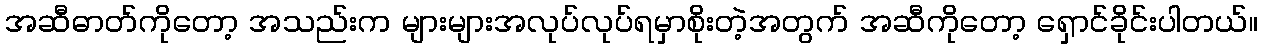
အဆီဓာတ်ကိုတော့ အသည်းက များများအလုပ်လုပ်ရမှာစိုးတဲ့အတွက် အဆီကိုတော့ ရှောင်ခိုင်းပါတယ်။